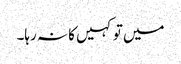
میں تو کہیں کا نہ رہا۔